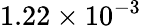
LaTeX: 1.22\times 10^{-3}